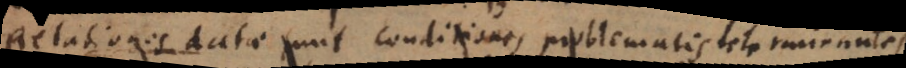
Relationes datae sunt conditiones problematis continentes